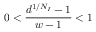
0 < \frac { d ^ { 1 / N _ { I } } - 1 } { w - 1 } < 1